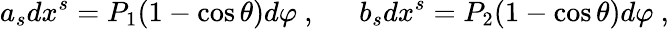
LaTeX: a_{s}dx^{s}=P_{1}(1-\cos\theta)d\varphi\ ,\ \ \ \ \ \ b_{s}dx^{s}=P_{2}(1-\cos\theta)d\varphi\ ,